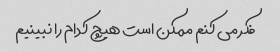
فکر می کنم ممکن است هیچ کدام را نبینیم